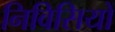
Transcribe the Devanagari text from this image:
निविसियों